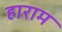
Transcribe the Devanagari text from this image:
हाराम